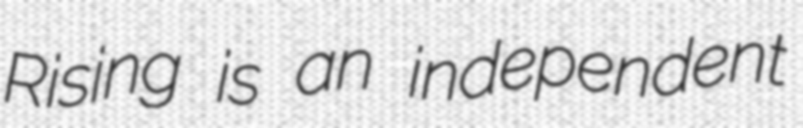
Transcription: Rising is an independent